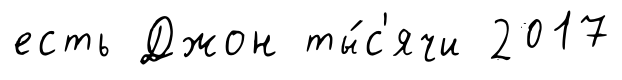
есть Джон ты́с'ячи 2017